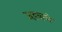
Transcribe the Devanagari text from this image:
जड़वाले